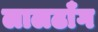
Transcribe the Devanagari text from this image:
लालढाँग